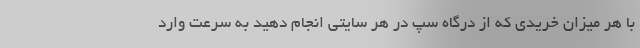
با هر میزان خریدی که از درگاه سپ در هر سایتی انجام دهید به سرعت وارد